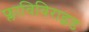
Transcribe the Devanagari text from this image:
फ्लाविविराइड